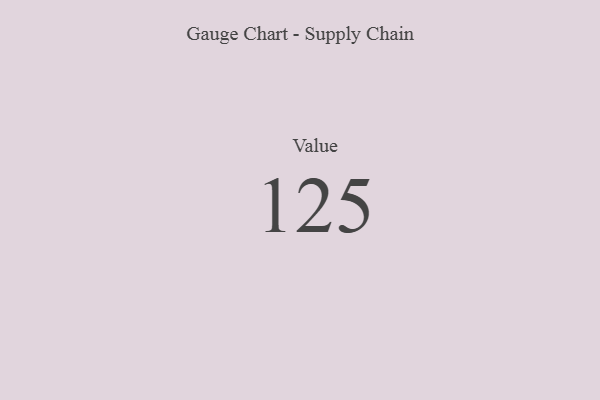
{"axis": {"x": "Metric", "y": "Value"}, "legend": [""], "data": [{"x": "Value", "y": 125, "type": ""}]}